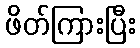
ဖိတ်ကြားပြီး